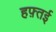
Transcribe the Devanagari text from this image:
हफ़्तई